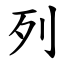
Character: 列